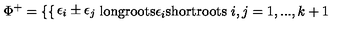
\Phi ^ { + } = \left\{ \begin{cases} { \epsilon _ { i } \pm \epsilon _ { j } } & { \mathrm { l o n g r o o t s } } \\ { \epsilon _ { i } } & { \mathrm { s h o r t r o o t s } } \\ \end{cases} \right. i , j = 1 , . . . , k + 1